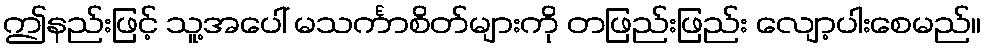
ဤနည်းဖြင့် သူ့အပေါ် မသင်္ကာစိတ်များကို တဖြည်းဖြည်း လျော့ပါးစေမည်။